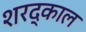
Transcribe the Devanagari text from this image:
शरद्काल